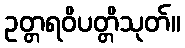
ဥတ္တရဝိပတ္တိသုတ်။